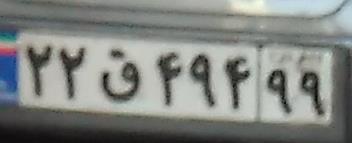
۲۲ق۴۹۴۹۹